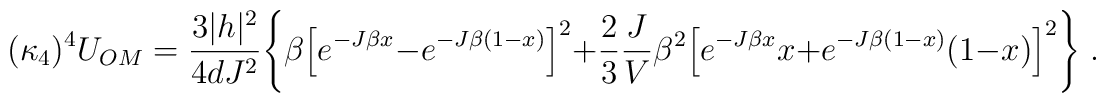
(\kappa_4)^4 U_{OM} = \frac{3|h|^2}{4 d J^2}   \Bigg\{     \beta \Big[ e^{-J\beta x}-e^{-J\beta(1-x)} \Big]^2    +\frac{2}{3}\frac{J}{V}\beta^2     \Big[ e^{-J\beta x} x + e^{-J\beta(1-x)} (1-x) \Big]^2   \Bigg\} \; .